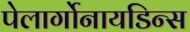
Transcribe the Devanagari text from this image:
पेलार्गोनायडिन्स